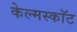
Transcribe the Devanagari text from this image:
केल्मस्काॅट